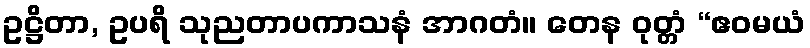
ဥဋ္ဌိတာ, ဥပရိ သုညတာပကာသနံ အာဂတံ။ တေန ဝုတ္တံ “ဧဝမယံ